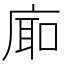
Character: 𪪚